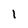
Character: 1